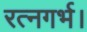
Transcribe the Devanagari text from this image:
रत्नगर्भ।